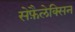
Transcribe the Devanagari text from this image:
सेफ़ैलेक्सिन